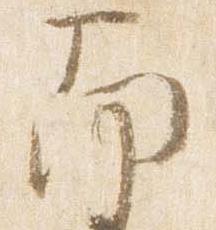
南